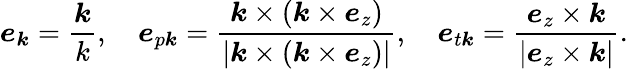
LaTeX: \boldsymbol{e}_{\boldsymbol{k}}=\frac{\boldsymbol{k}}{k},~~~~\boldsymbol{e}_{p\boldsymbol{k}}=\frac{\boldsymbol{k}\times(\boldsymbol{k}\times\boldsymbol{e}_{z})}{|\boldsymbol{k}\times(\boldsymbol{k}\times\boldsymbol{e}_{z})|},~~~~\boldsymbol{e}_{t\boldsymbol{k}}=\frac{\boldsymbol{e}_{z}\times\boldsymbol{k}}{|\boldsymbol{e}_{z}\times\boldsymbol{k}|}.